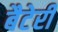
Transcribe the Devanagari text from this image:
बैटेरी